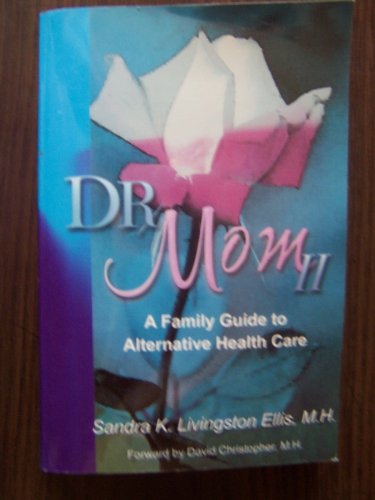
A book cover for Dr. Mom II (A Family Guide to Alternative Health Care); Sandra K Livingston Ellis; Parenting & Relationships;